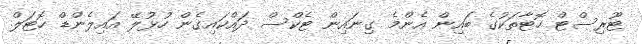
ޓޫރިސްޓް ހޮޓާތަކުގެ ބައިން އެންމެ ގިނައިން ޓެކްސް ދައްކައިގެން ހުޅުލޭ އައިލެންޑް ހޮޓަލް